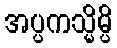
အပ္ပကသ္မိမ္ပိ